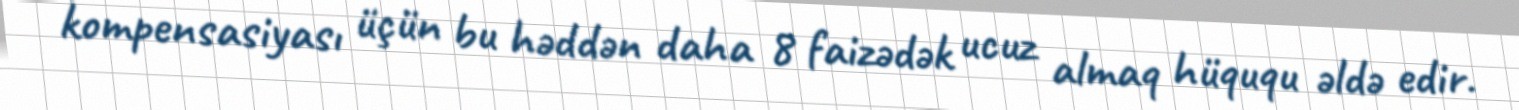
kompensasiyası üçün bu həddən daha 8 faizədək ucuz almaq hüququ əldə edir.